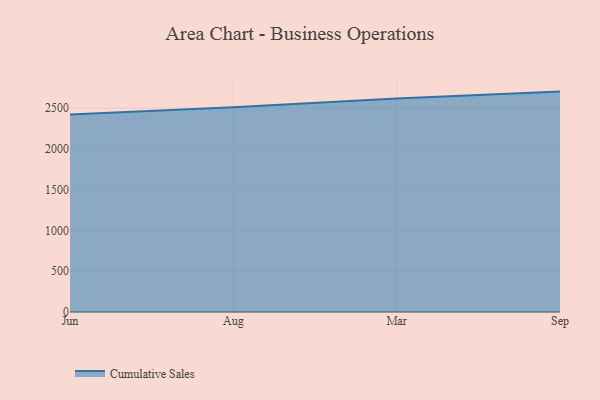
{"axis": {"x": "Month", "y": "Page Views"}, "legend": ["Cumulative Sales"], "data": [{"x": "Jun", "y": 2420.3, "type": "Cumulative Sales"}, {"x": "Aug", "y": 2511.1, "type": "Cumulative Sales"}, {"x": "Mar", "y": 2617.0, "type": "Cumulative Sales"}, {"x": "Sep", "y": 2702.0, "type": "Cumulative Sales"}]}